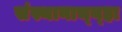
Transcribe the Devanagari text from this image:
संस्थानाच्य्हा